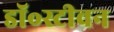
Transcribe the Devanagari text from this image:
डॉ॰स्टीवन